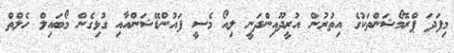
މިފަދަ ޕްރޮމޯޝަންތަކުގެ އިތުރުން އުރީދޫއިންދަނީ ލިއޯ މެސީ ފައުންޑޭޝަންއާއި ގުޅިގެން މޯބައިލް ހެލްތް